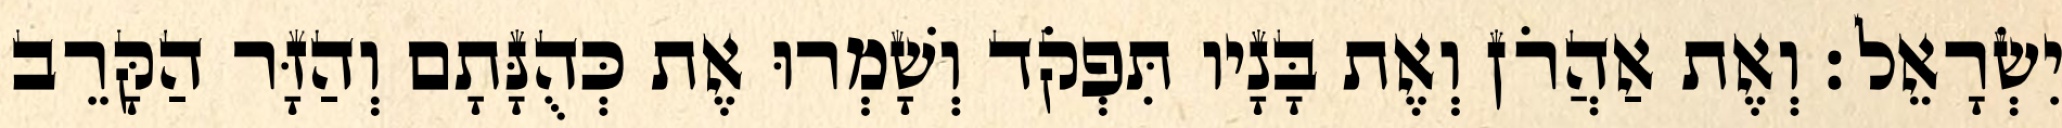
יִשְׂרָאֵל׃ וְאֶת אַהֲרֹן וְאֶת בָּנָיו תִּפְקֹד וְשָׁמְרוּ אֶת כְּהֻנָּתָם וְהַזָּר הַקָּרֵב